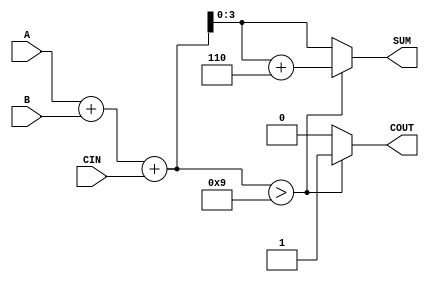
module BCD_Conditional_Adder (
    input  wire [3:0] A,     // First BCD digit input
    input  wire [3:0] B,     // Second BCD digit input
    input  wire CIN,         // Carry input
    output reg  [3:0] SUM,   // BCD result of the addition
    output reg  COUT         // Carry output
);

    wire [4:0] S;            // 5-bit sum to accommodate carry
    wire [4:0] corrected_sum; // Corrected sum after BCD adjustment

    // Step 1: Perform binary addition
    assign S = A + B + CIN;

    // Step 2: Check if correction is needed
    always @(*) begin
        if (S > 9) begin
            // If S > 9, apply BCD correction
            SUM = S + 5'b0110; // Add 6 to correct
            COUT = 1;          // Set carry out
        end else begin
            // If S <= 9, no correction needed
            SUM = S[3:0];      // Take the lower 4 bits as the result
            COUT = 0;          // No carry out
        end
    end

endmodule